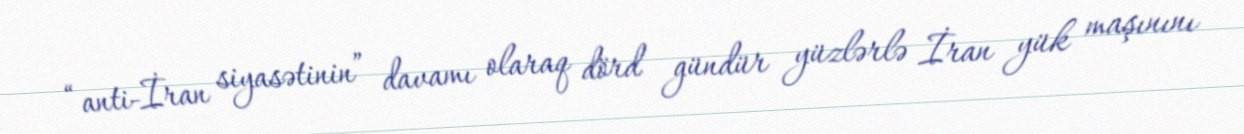
“anti-İran siyasətinin” davamı olaraq dörd gündür yüzlərlə İran yük maşınını